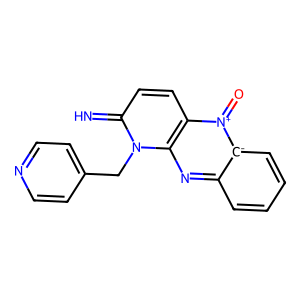
SMILES: N=c1ccc2c(nc3cccc[c-]3[n+]2=O)n1Cc1ccncc1
Inhibits HIV replication: No